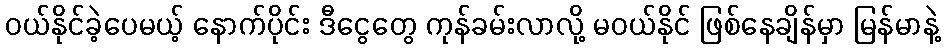
ဝယ်နိုင်ခဲ့ပေမယ့် နောက်ပိုင်း ဒီငွေတွေ ကုန်ခမ်းလာလို့ မဝယ်နိုင် ဖြစ်နေချိန်မှာ မြန်မာနဲ့